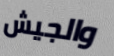
والجيش